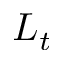
L _ { t }